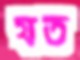
যত